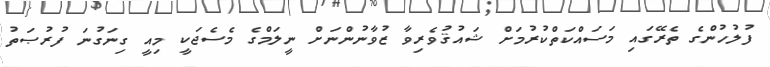
ފުލުހުންގެ ތެރޭގައި މަސައްކަތްކުރުމަށް ޝައުޤުވެރިވާ ޒުވާނުންނަށް ނީލަމްގެ މެސެޖަކީ މިއީ ގިނަގުނަ ފުރުޞަތު